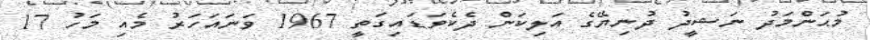
މުޙަންމަދު ނަޝީދު ދުނިޔޭގެ އަލިކަން ދެކެވަޑައިގަތީ 1967 ވަނައަހަރު މެއި މަހު 17